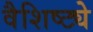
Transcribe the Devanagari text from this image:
वैशिष्ट्येेे